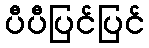
ပီပီပြင်ပြင်